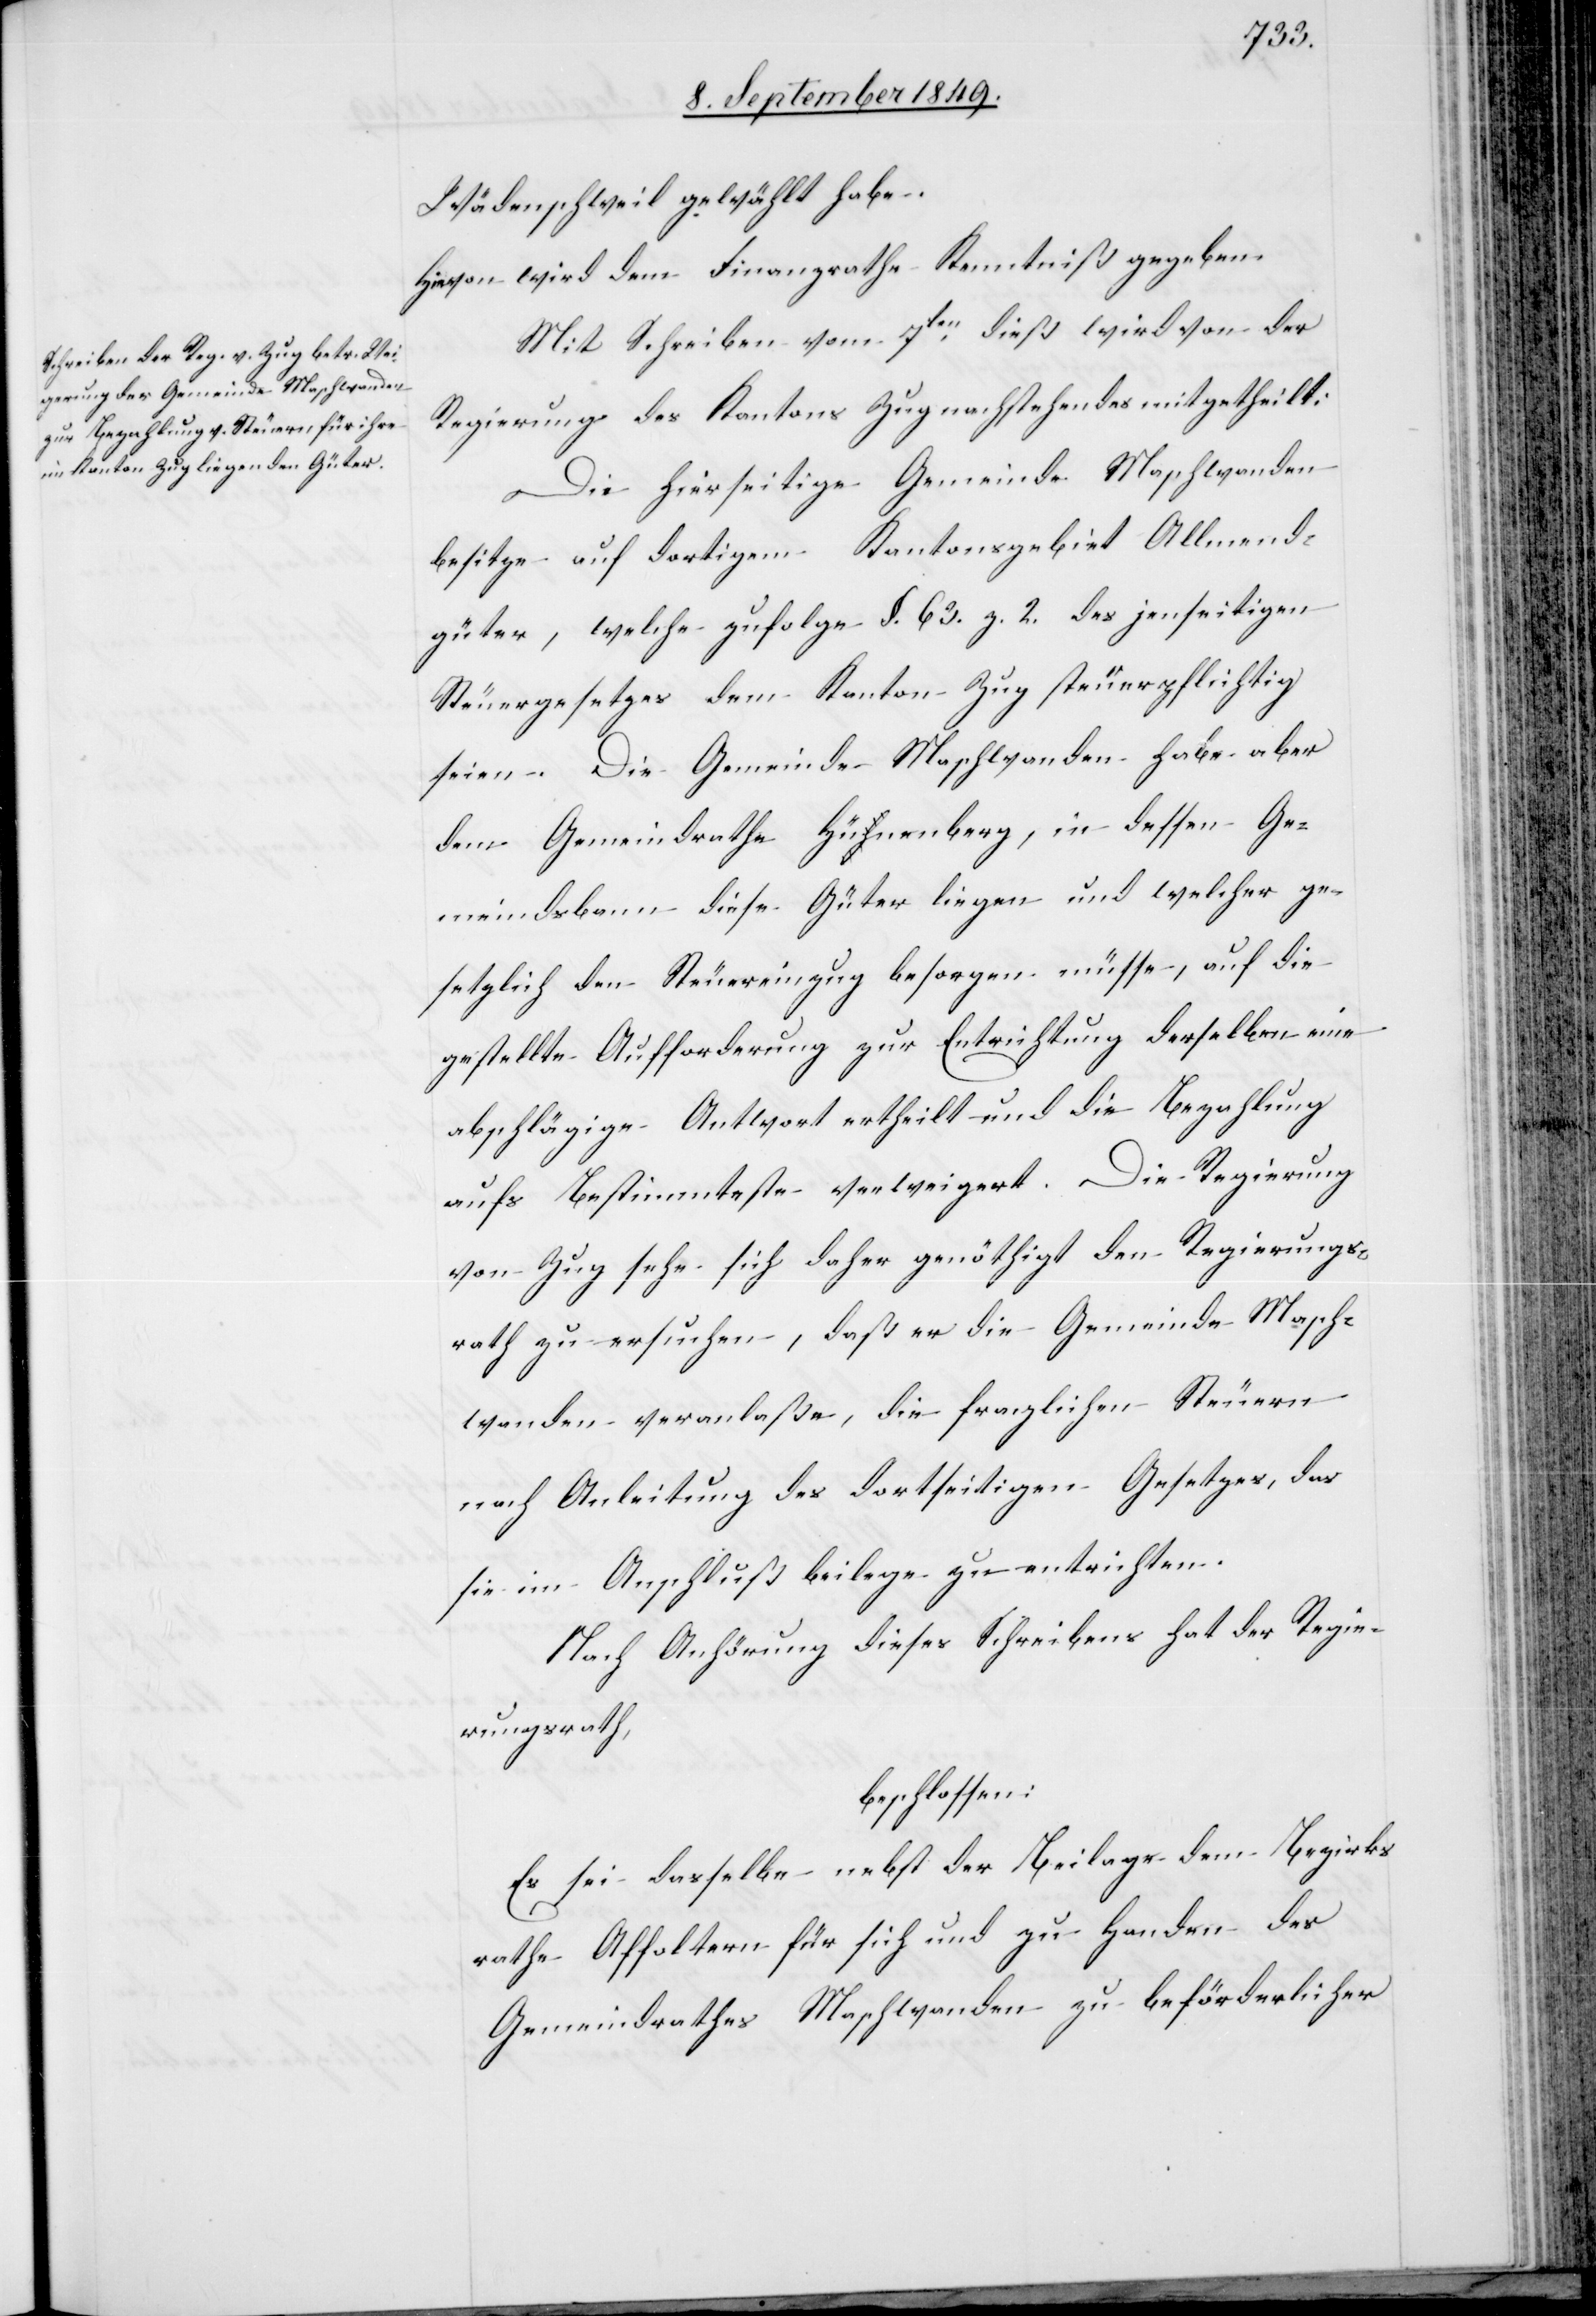
Wädenschweil gewählt habe.
Hievon wird dem Finanzrathe Kenntniß gegeben.
Mit Schreiben vom 7ten dieß wird von der
Regierung des Kantons Zug nachstehendes mitgetheilt:
Die hierseitige Gemeinde Maschwanden
besitze auf dortigem Kantonsgebiet Allmend¬
güter, welche zufolge §. 63. z. 2. des jenseitigen
Steuergesetzes dem Kanton Zug steuerpflichtig
seien. Die Gemeinde Maschwanden habe aber
dem Gemeindrathe Hünenberg, in dessen Ge¬
meindsbann diese Güter liegen und welcher ge¬
setzlich den Steuereinzug besorgen müsse, auf die
gestellte Aufforderung zur Entrichtung derselben eine
abschlägige Antwort ertheilt und die Bezahlung
aufs Bestimmteste verweigert. Die Regierung
von Zug sehe sich daher genöthigt den Regierungs¬
rath zu ersuchen, daß er die Gemeinde Masch¬
wanden veranlaße, die fraglichen Steuern
nach Anleitung des dortseitigen Gesetzes, das
sie im Anschluß beilege zu entrichten.
Nach Anhörung dieses Schreibens hat der Regie¬
rungsrath,
beschlossen:
Es sei dasselbe nebst der Beilage dem Bezirks¬
rathe Affoltern für sich und zu Handen des
Gemeindrathes Maschwanden zu beförderlicher